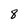
Character: 8